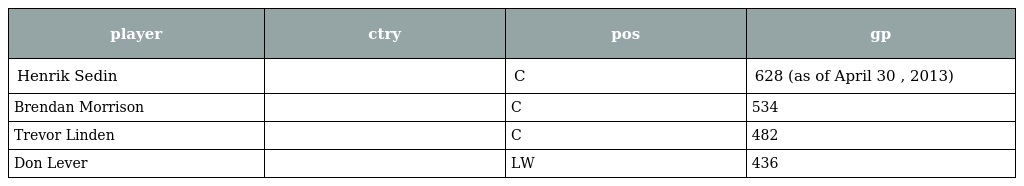
| player | ctry | pos | gp |
 | --- | --- | --- | --- |
 | Henrik Sedin |  | C | 628 (as of April 30 , 2013) |
 | Brendan Morrison |  | C | 534 |
 | Trevor Linden |  | C | 482 |
 | Don Lever |  | LW | 436 |